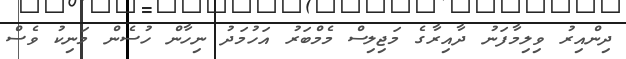
ދިންއިރު ވިލިމާފަނު ދާއިރާގެ މަޖިލިސް މެމްބަރު އަހުމަދު ނިހާން ހުސެން މަނިކު ވެސް